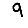
Digit: 9